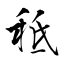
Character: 秪